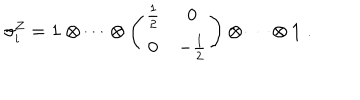
\sigma _ { i } ^ { Z } = { \bf 1 } \otimes \cdots \otimes \left( \begin{array} { c c } { { \frac { 1 } { 2 } } } & { { 0 } } \\ { { 0 } } & { { - \frac { 1 } { 2 } } } \\ \end{array} \right) \otimes \cdots \otimes { \bf 1 } \; .